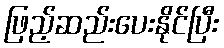
ဖြည့်ဆည်းပေးနိုင်ပြီး